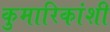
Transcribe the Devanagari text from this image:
कुमारिकांशी